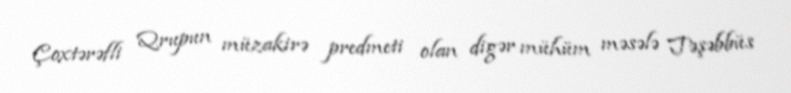
Çoxtərəfli Qrupun müzakirə predmeti olan digər mühüm məsələ Təşəbbüs